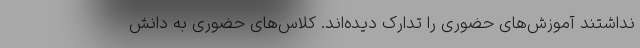
نداشتند آموزش‌های حضوری را تدارک دیده‌اند. کلاس‌های حضوری به دانش